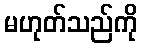
မဟုတ်သည်ကို